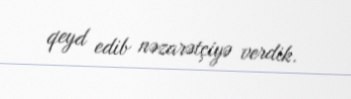
qeyd edib nəzarətçiyə verdik.